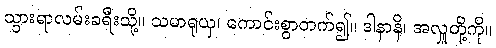
သွားရာလမ်းခရီးသို့။ သမာရုယှ၊ ကောင်းစွာတက်၍။ ဒါနာနိ၊ အလှူတို့ကို။